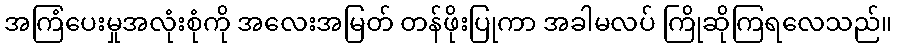
အကြံပေးမှုအလုံးစုံကို အလေးအမြတ် တန်ဖိုးပြုကာ အခါမလပ် ကြိုဆိုကြရလေသည်။